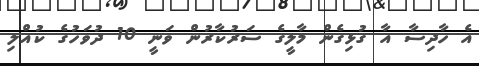
އެ ހާދިސާ އާ ގުޅިގެން މާލީގެ ސަރުކާރުން ވަނީ 10 ދުވަހުގެ ކުއްލި